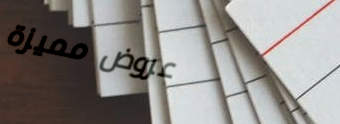
عروض مميزة